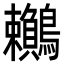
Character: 𪈎